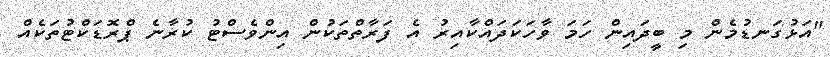
"އަޅުގަނޑުމެން މި ބީދައިން ހަމަ ވާހަކަދައްކާއިރު އެ ފަރާތްތަކުން އިންވެސްޓު ކުރާނެ ޕްރޮޑަކްޓުތަކެއް